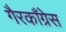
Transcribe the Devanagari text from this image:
गैरकाँग्रेस